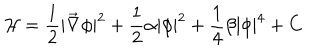
{ \mathcal H } = \frac { 1 } { 2 } | \vec { \nabla } \phi | ^ { 2 } + \frac { 1 } { 2 } \alpha | \phi | ^ { 2 } + \frac { 1 } { 4 } \beta | \phi | ^ { 4 } + C